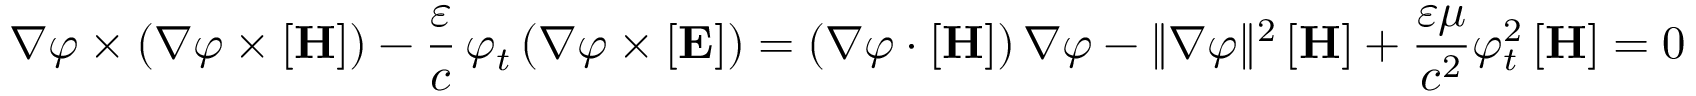
\nabla \varphi \times ( \nabla \varphi \times [ \mathbf { H } ] ) - { \frac { \varepsilon } { c } } \, \varphi _ { t } \, ( \nabla \varphi \times [ \mathbf { E } ] ) = ( \nabla \varphi \cdot [ \mathbf { H } ] ) \, \nabla \varphi - \| \nabla \varphi \| ^ { 2 } \, [ \mathbf { H } ] + { \frac { \varepsilon \mu } { c ^ { 2 } } } \varphi _ { t } ^ { 2 } \, [ \mathbf { H } ] = 0